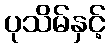
ပုသိမ်နှင့်